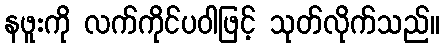
နဖူးကို လက်ကိုင်ပဝါဖြင့် သုတ်လိုက်သည်။